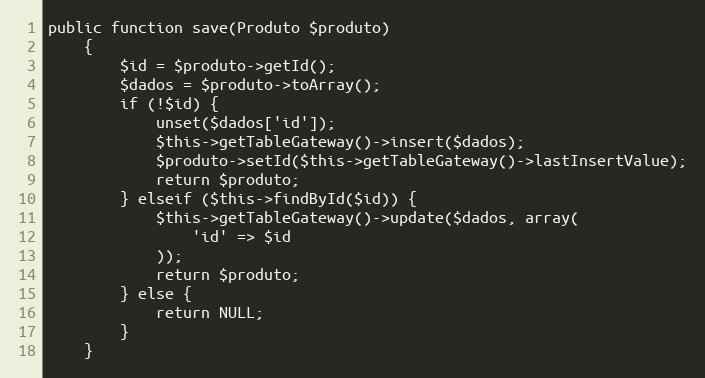
Language: PHP
public function save(Produto $produto)
    {
        $id = $produto->getId();
        $dados = $produto->toArray();
        if (!$id) {
            unset($dados['id']);
            $this->getTableGateway()->insert($dados);
            $produto->setId($this->getTableGateway()->lastInsertValue);
            return $produto;
        } elseif ($this->findById($id)) {
            $this->getTableGateway()->update($dados, array(
                'id' => $id
            ));
            return $produto;
        } else {
            return NULL;
        }
    }